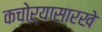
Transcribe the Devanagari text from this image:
कचोऱ्यासारखे